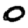
Digit: 0